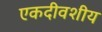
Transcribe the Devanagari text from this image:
एकदीवशीय